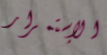
الإستمرار